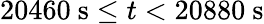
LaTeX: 20460\ \mathrm{s}\leq t<20880\ \mathrm{s}